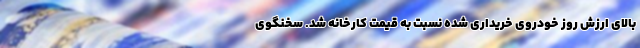
بالای ارزش روز خودروی خریداری شده نسبت به قیمت کارخانه شد. سخنگوی